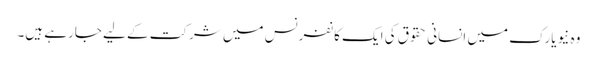
وہ نیویارک میں انسانی حقوق کی ایک کانفرنس میں شرکت کے لیے جارہے ہیں۔